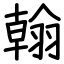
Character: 翰